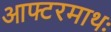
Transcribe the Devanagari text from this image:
आफ्टरमाथः